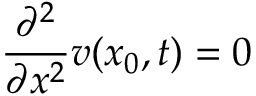
\frac { \partial ^ { 2 } } { \partial x ^ { 2 } } v ( x _ { 0 } , t ) = 0